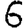
Digit: 6